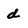
Character: d